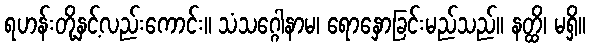
ရဟန်းတို့နှင့်လည်းကောင်း။ သံသဂ္ဂေါနာမ၊ ရောနှောခြင်းမည်သည်။ နတ္ထိ၊ မရှိ။